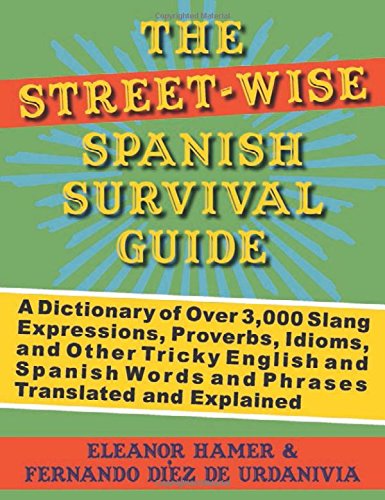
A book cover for The Street-Wise Spanish Survival Guide: A Dictionary of Over 3,000 Slang Expressions, Proverbs, Idioms, and Other Tricky English and Spanish Words and Phrases Translated and Explained; Eleanor Hamer; Reference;